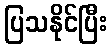
ပြသနိုင်ပြီး